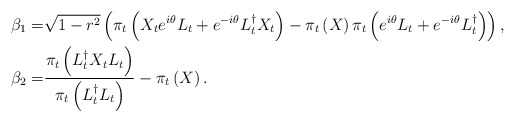
\begin{align*}\beta_1 = & \sqrt{1 - r^2} \left(\pi_t\left(X_t e^{i\theta} L_t + e^{-i\theta} L^{\dagger}_t X_t\right) - \pi_t\left(X\right)\pi_t\left(e^{i\theta}L_t + e^{-i\theta} L^{\dagger}_t\right)\right),\\\beta_2 = & \dfrac{\pi_t\left( L^{\dagger}_t X_t L_t \right)}{\pi_t\left(L^{\dagger}_t L_t\right)}- \pi_t\left(X\right).\end{align*}